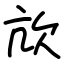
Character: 㰠